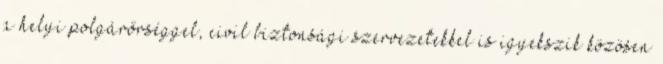
a helyi polgárőrséggel, civil biztonsági szervezetekkel is igyekszik közösen